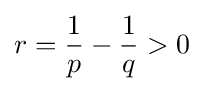
r={\frac {1}{p}}-{\frac {1}{q}}>0